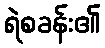
ရဲစခန်း၏